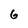
Character: 6